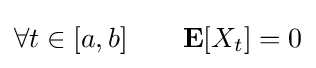
\forall t\in [a,b]\qquad \mathbf {E} [X_{t}]=0